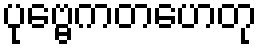
ပုဗ္ဗေကတဟေတု